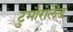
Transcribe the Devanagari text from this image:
टुमौरोलैंड